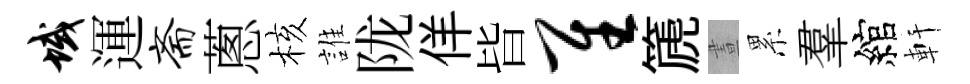
域運斋蔥核誰陇佯𣅜隹篪晝累羣綰軒